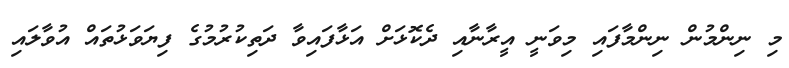
މި ނިންމުން ނިންމާފައި މިވަނީ އީރާނާއި ދެކޮޅަށް އަޅާފައިވާ ދަތިކުރުމުގެ ފިޔަވަޅުތައް އުވާލައި